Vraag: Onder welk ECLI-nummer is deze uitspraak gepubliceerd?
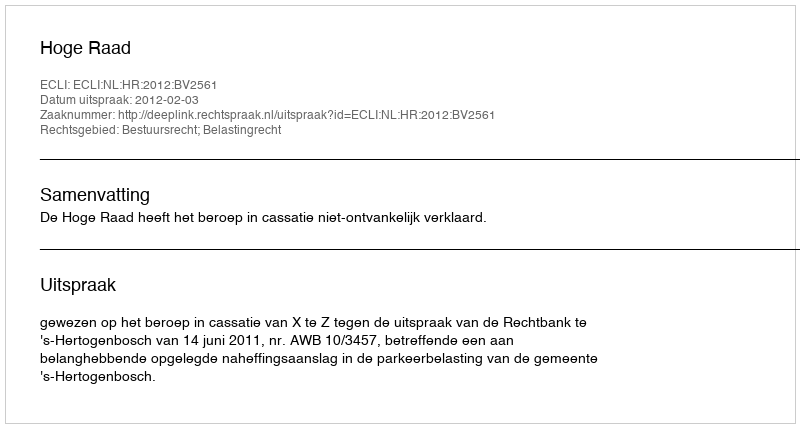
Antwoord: ECLI:NL:HR:2012:BV2561